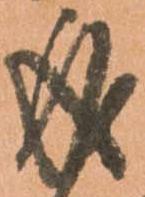
成